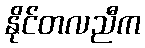
နိုင်တလညီက